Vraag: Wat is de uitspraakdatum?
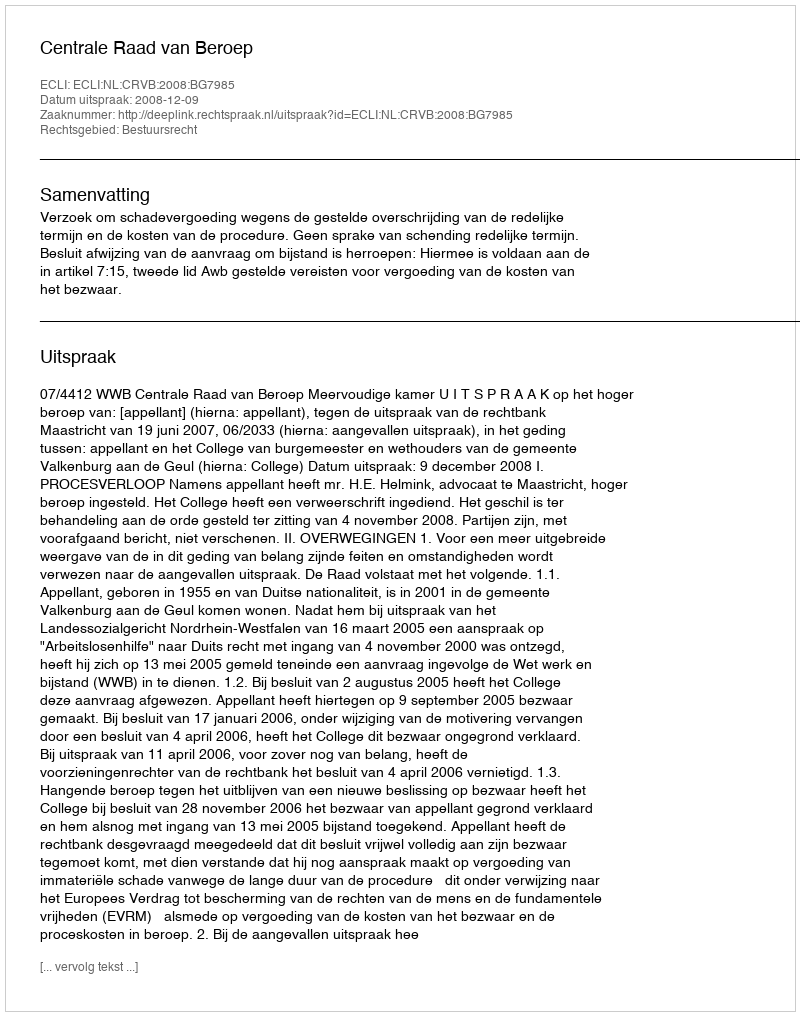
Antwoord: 2008-12-09